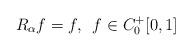
LaTeX: \begin{align*}R_{\alpha}f=f, \,\ f\in C^{+}_{0}[0,1]\end{align*}